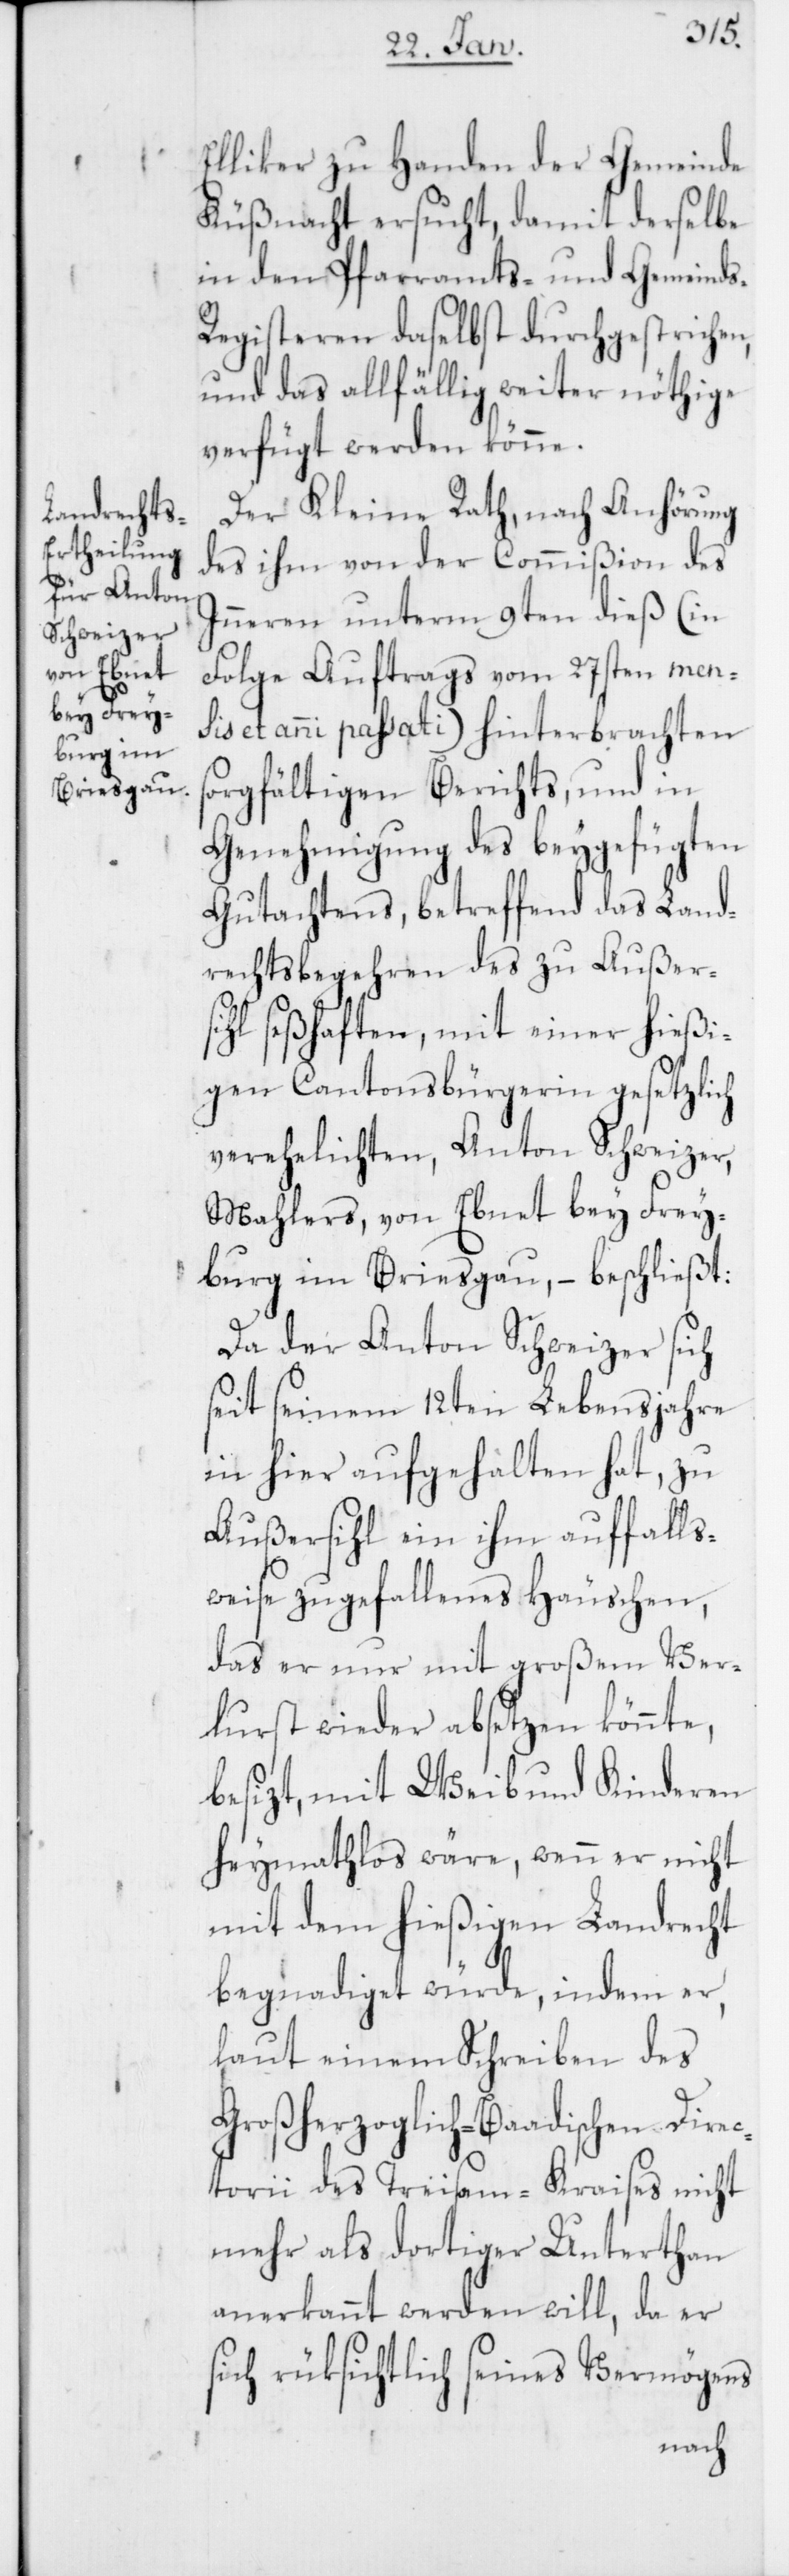
s-R¬
Elliker zu Handen der Gemeinde
Küßnacht ersucht, damit derselbe
in den Pfarramts- und Gemeind¬
egisteren daselbst durchgestrichen,
und das allfählig weiter nöthige
verfügt werden könne.
Der Kleine Rath, nach Anhörung
des ihm von der Commißion des
Inneren unterm 9ten dieß (in
Folge Auftrags vom 27sten men¬
sis et anni passati) hinterbrachten
sorgfältigen Berichts, und in
Genehmigung des beygefügten
Gutachtens, betreffend das Land¬
rechtsbegehren des zu Außer¬
sihl seßhaften, mit einer hießi¬
gen Cantonsbürgerin gesetzlich
verehelichten, Anton Schweizer,
Mahlers, von Ebent bey Frey¬
burg im Briesgau, – beschließt:
Da der Anton Schweizer sich
seit seinem 12ten Lebensjahre
in hier aufgehalten hat, zu
Außersihl ein ihm auffalls¬
weise zugefallenes Häuschen,
das er nur mit großem Ver¬
lust wieder absetzen könnte,
besizt, mit Weib und Kinderen
heymathlos wäre, wenn er nicht
mit dem hießigen Landrecht
begnadiget würde, indem er,
laut einem Schreiben des
Großherzoglich-Baadischen Direc¬
torii des Treisam-Kraises nicht
mehr als dortiger Unterthan
anerkannt werden will, da er
sich rüksichtlich seines Vermögens